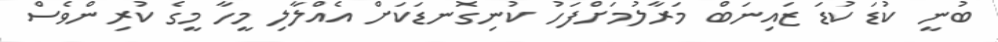
ބުނީ ކުޑަ ކުޑަ ޒައިނަބް މަރާލުމަށްފަހު ކުނިގޮނޑަކަށް އެއްލާލި މީހާ މީގެ ކުރިންވެސް